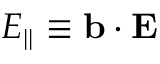
E _ { | | } \equiv \mathbf { b } \cdot \mathbf { E }